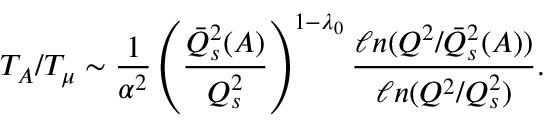
T _ { A } / T _ { \mu } \sim { \frac { 1 } { \alpha ^ { 2 } } } \left( { \frac { \bar { Q } _ { s } ^ { 2 } ( A ) } { Q _ { s } ^ { 2 } } } \right) ^ { 1 - \lambda _ { 0 } } { \frac { \ell n ( Q ^ { 2 } / \bar { Q } _ { s } ^ { 2 } ( A ) ) } { \ell n ( Q ^ { 2 } / Q _ { s } ^ { 2 } ) } } .